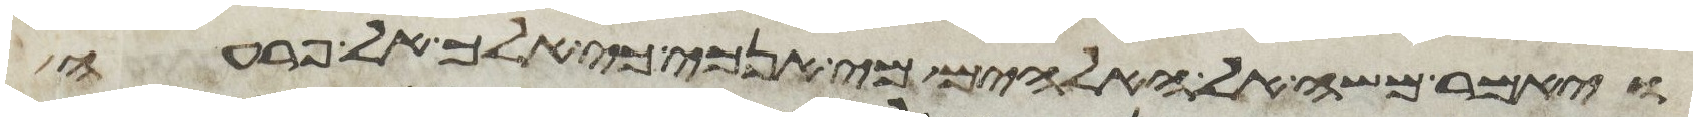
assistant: ויאמר משה אל האלהים מי אנכי כי אלך אל פרעה